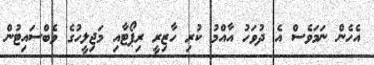
އެހެން ނަމަވެސް އެ ދުވަހު އާއްމު ކުރި ހާޒިރީ ރިޕޯޓާއި މަޖިލީހުގެ ވެބްސައިޓުން